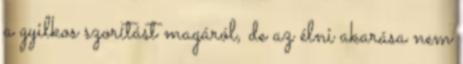
a gyilkos szorítást magáról, de az élni akarása nem